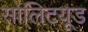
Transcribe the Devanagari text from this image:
सोलिटयूड